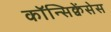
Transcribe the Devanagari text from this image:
कॉन्सिक्वेंसेस